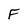
Character: F